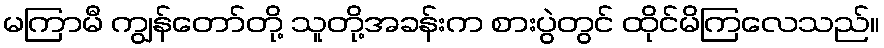
မကြာမီ ကျွန်တော်တို့ သူတို့အခန်းက စားပွဲတွင် ထိုင်မိကြလေသည်။